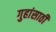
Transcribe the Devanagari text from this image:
गुहांसाठी